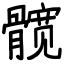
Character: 髋